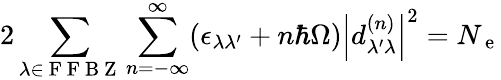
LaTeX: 2\sum_{\lambda\in\mathrm{~F~F~B~Z~}}\sum_{n=-\infty}^{\infty}(\epsilon_{\lambda\lambda^{\prime}}+n\hbar\Omega)\left|d_{\lambda^{\prime}\lambda}^{(n)}\right|^{2}=N_{\mathrm{~e~}}